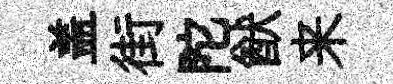
盖街陀猷来